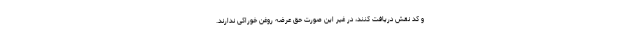
و کد نقش دریافت کنند، در غیر این صورت حق عرضه روغن خوراکی ندارند.